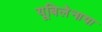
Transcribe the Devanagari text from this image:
यूबिलेनाया